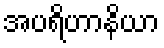
အပရိဟာနိယာ